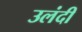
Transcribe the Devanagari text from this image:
उलंदी